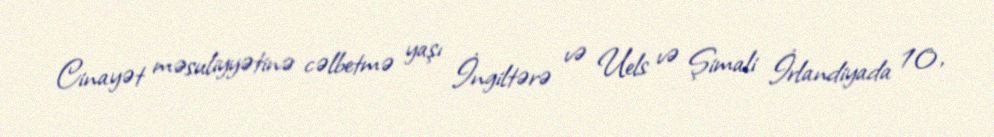
Cinayət məsuliyyətinə cəlbetmə yaşı İngiltərə və Uels və Şimali İrlandiyada 10,